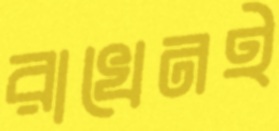
রাখেনই